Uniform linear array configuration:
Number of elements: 48
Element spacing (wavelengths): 0.5
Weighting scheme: cosine
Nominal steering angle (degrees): -30
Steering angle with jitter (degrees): -31.668
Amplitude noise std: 0.05
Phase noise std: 0.05

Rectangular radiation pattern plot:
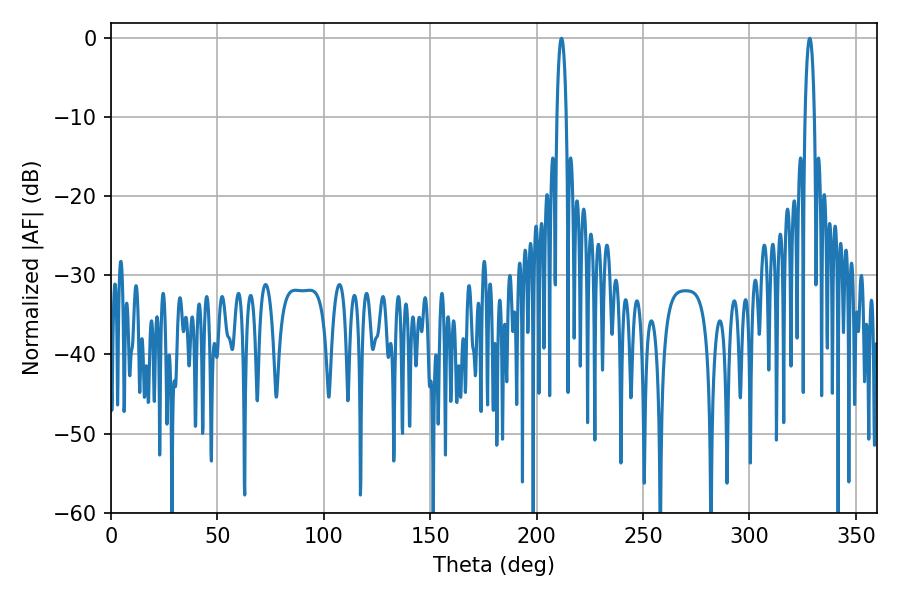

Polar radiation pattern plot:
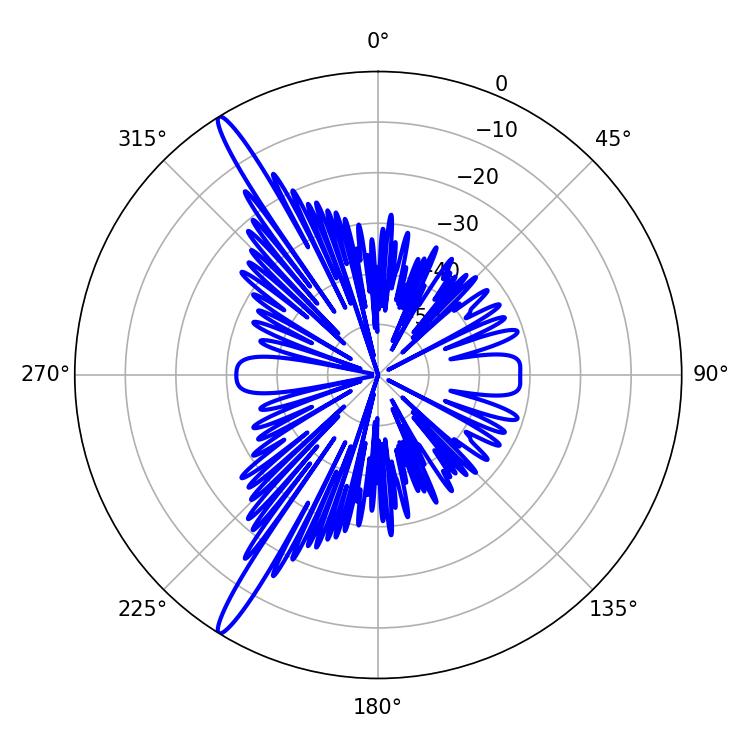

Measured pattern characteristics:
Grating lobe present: FALSE
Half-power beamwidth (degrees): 2.52
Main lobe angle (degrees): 328.32